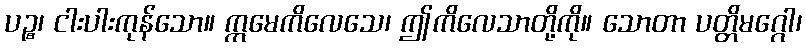
ပဉ္စ၊ ငါးပါးကုန်သော။ ဣမေကိလေသေ၊ ဤကိလေသာတို့ကို။ သောတာ ပတ္တိမဂ္ဂေါ၊